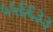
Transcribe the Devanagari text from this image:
५५६६३३